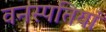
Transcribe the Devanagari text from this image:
वनस्‍पतियां